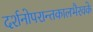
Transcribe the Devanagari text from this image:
दर्शनोपरान्तकालभैरवके